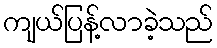
ကျယ်ပြန့်လာခဲ့သည်